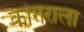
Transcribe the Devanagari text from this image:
कांगराला